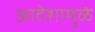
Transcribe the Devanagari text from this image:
आदेशामुळे